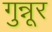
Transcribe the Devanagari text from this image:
गुन्नूर